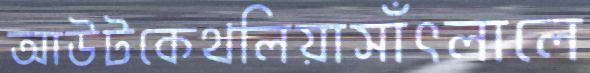
আউটকেথলিয়াসাঁৎলালে